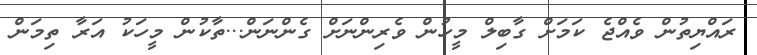
ރައްޔިތުން ވެއްޖެ ކަމަށް ގާބިލް މީހުން ވެރިންނަށް ގެންނަން...ތާކުން މީހަކު އަރާ ތިމަން